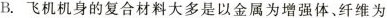
B.飞机机身的复合材料大多是以金属为增强体、纤维为